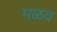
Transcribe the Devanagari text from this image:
मळव